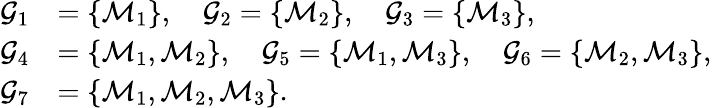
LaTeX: \begin{array}{rl}{\mathcal{G}_{1}}&{=\{ \mathcal{M}_{1}\} ,\quad\mathcal{G}_{2}=\{ \mathcal{M}_{2}\} ,\quad\mathcal{G}_{3}=\{ \mathcal{M}_{3}\} ,}\\ {\mathcal{G}_{4}}&{=\{ \mathcal{M}_{1},\mathcal{M}_{2}\} ,\quad\mathcal{G}_{5}=\{ \mathcal{M}_{1},\mathcal{M}_{3}\} ,\quad\mathcal{G}_{6}=\{ \mathcal{M}_{2},\mathcal{M}_{3}\} ,}\\ {\mathcal{G}_{7}}&{=\{ \mathcal{M}_{1},\mathcal{M}_{2},\mathcal{M}_{3}\} .}\end{array}